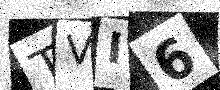
Text: TVI6